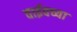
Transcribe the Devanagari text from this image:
वाईवच्या